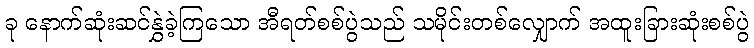
ခု နောက်ဆုံးဆင်နွှဲခဲ့ကြသော အီရတ်စစ်ပွဲသည် သမိုင်းတစ်လျှောက် အထူးခြားဆုံးစစ်ပွဲ